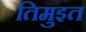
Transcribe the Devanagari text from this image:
तिमुइत